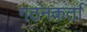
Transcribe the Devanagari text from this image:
गठनकर्ता